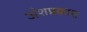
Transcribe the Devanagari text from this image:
अंशप्रकाश